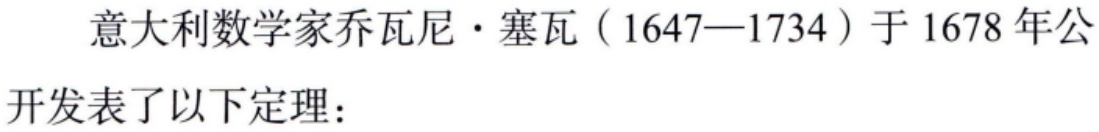
意大利数学家乔瓦尼·塞瓦（1647—1734）于1678年公开发表了以下定理：